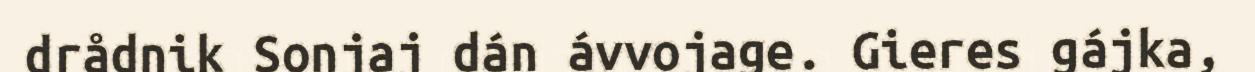
drådnik Sonjaj dán ávvojage. Gieres gájka,